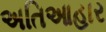
અતિઆહાર